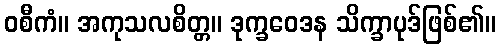
ဝစီကံ။ အကုသလစိတ္တ။ ဒုက္ခဝေဒန သိက္ခာပုဒ်ဖြစ်၏။